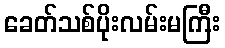
ခေတ်သစ်ပိုးလမ်းမကြီး